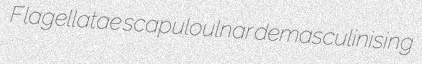
Flagellatae scapuloulnar demasculinising